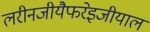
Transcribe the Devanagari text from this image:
लरीनजीयैफरेइजीयाल